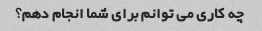
چه کاری می توانم برای شما انجام دهم؟